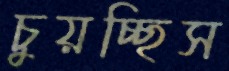
চুয়চ্ছিস